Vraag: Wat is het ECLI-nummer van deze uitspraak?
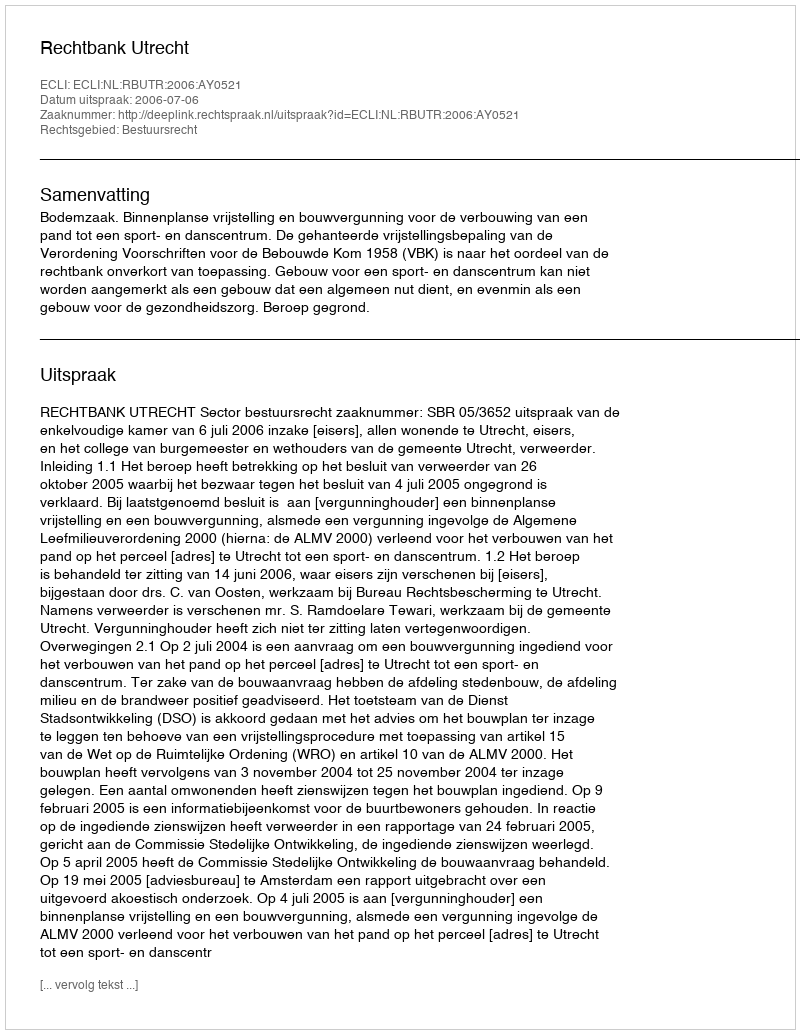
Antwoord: ECLI:NL:RBUTR:2006:AY0521